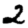
Digit: 2